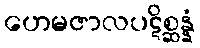
ဟေမဇာလပဋိစ္ဆန္နံ